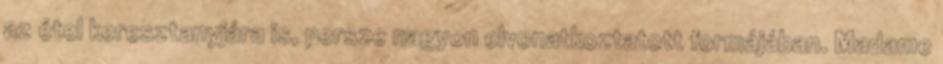
az étel keresztanyjára is, persze nagyon elvonatkoztatott formájában. Madame